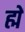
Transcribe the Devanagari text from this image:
ह्में